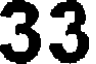
33